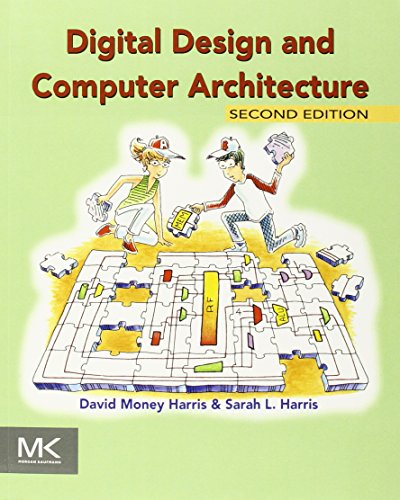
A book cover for Digital Design and Computer Architecture, Second Edition; David Harris; Computers & Technology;